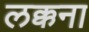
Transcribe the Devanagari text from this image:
लक्कना